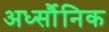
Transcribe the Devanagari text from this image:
अर्ध्सौनिक